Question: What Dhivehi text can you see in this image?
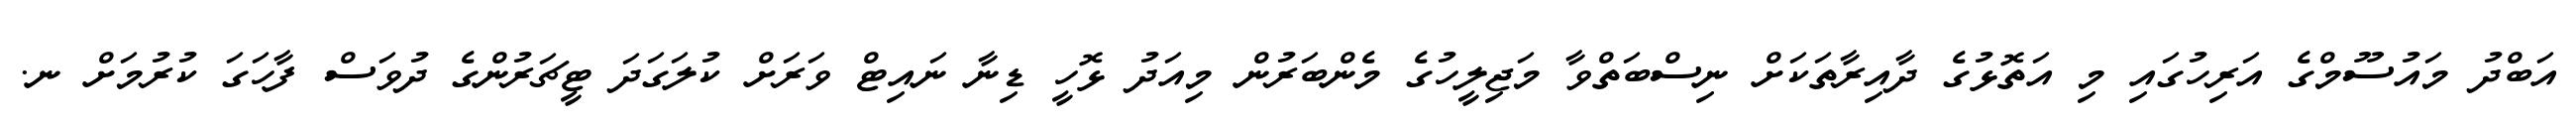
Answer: އަބްދު މައުސޫމްގެ އަރިހުގައި މި އަތޮޅުގެ ދާއިރާތަކަށް ނިސްބަތްވާ މަޖިލީހުގެ މެންބަރުން މިއަދު ޅޮހީ ޑިނާ ނައިޓް ވަރަށް ކުލަގަދަ ޓީޗަރުންގެ ދުވަސް ފާހަގަ ކުރުމަށް ނ.